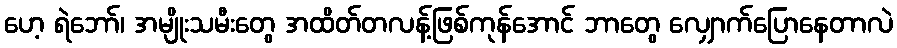
ဟေ့ ရဲဘော်၊ အမျိုးသမီးတွေ အထိတ်တလန့်ဖြစ်ကုန်အောင် ဘာတွေ လျှောက်ပြောနေတာလဲ